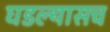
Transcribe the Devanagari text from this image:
घडल्यासच